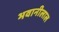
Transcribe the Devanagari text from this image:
भवानीलाल